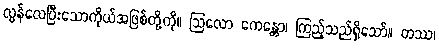
လွန်လေပြီးသောကိုယ်အဖြစ်တို့ကို။ ဩလော ကေန္တော၊ ကြည့်သည်ရှိသော်။ တဿ၊